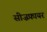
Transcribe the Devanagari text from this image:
सीज़फ़ायर